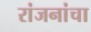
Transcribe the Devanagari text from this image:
रांजनांचा